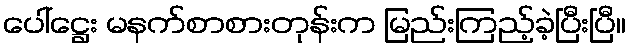
ပေါ်ဋ္ဌေး မနက်စာစားတုန်းက မြည်းကြည့်ခဲ့ပြီးပြီ။